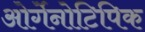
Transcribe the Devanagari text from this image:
ओर्गेनोटिपिक